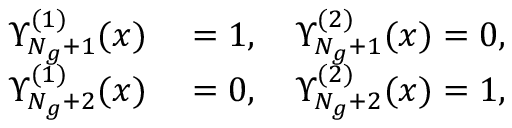
\begin{array} { r l } { \Upsilon _ { N _ { g } + 1 } ^ { ( 1 ) } ( x ) } & { { } = 1 , \quad \Upsilon _ { N _ { g } + 1 } ^ { ( 2 ) } ( x ) = 0 , } \\ { \Upsilon _ { N _ { g } + 2 } ^ { ( 1 ) } ( x ) } & { { } = 0 , \quad \Upsilon _ { N _ { g } + 2 } ^ { ( 2 ) } ( x ) = 1 , } \end{array}